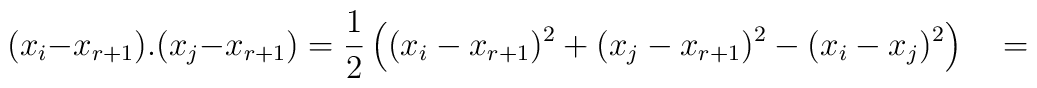
(x_i-x_{r+1}).(x_j-x_{r+1})=\frac{1}{2}\left((x_i-x_{r+1})^2+(x_j-x_{r+1})^2-(x_i-x_j)^2\right)\quad=\qquad